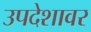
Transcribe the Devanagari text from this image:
उपदेशावर